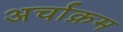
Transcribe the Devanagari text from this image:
अर्चाक्रम